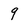
Character: 9